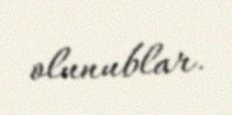
olunublar.